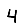
Digit: 4